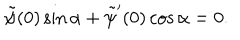
\tilde { \psi } ( 0 ) \sin \alpha + \tilde { \psi } ^ { \prime } ( 0 ) \cos \alpha = 0 .